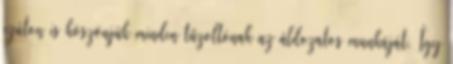
ezúton is köszönjük minden tűzoltónak az áldozatos munkáját. Így